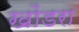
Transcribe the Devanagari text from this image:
खोंडरा